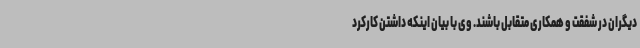
دیگران در شفقت و همکاری متقابل باشند. وی با بیان اینکه داشتن کارکرد